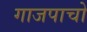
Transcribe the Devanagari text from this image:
गाजपाचो